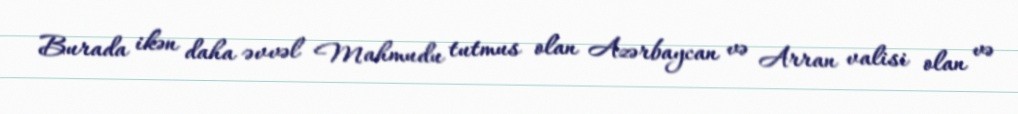
Burada ikən daha əvvəl Mahmudu tutmus olan Azərbaycan və Arran valisi olan və